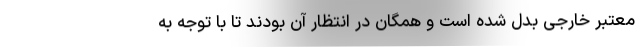
معتبر خارجی بدل شده است و همگان در انتظار آن بودند تا با توجه به